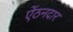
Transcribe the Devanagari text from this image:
ऐंठनदार